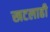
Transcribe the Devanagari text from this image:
खटलाही